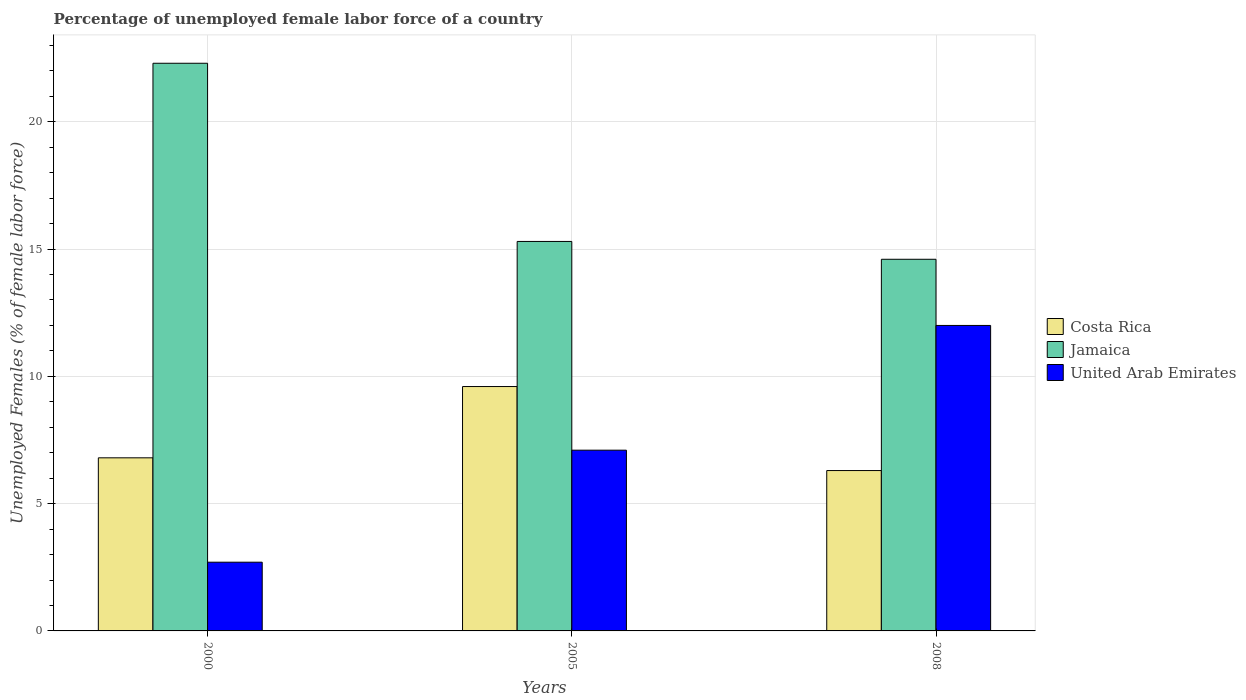
| Years | Costa Rica | Jamaica | United Arab Emirates |
 | --- | --- | --- | --- |
 | 2000 | 6.8 | 22.3 | 2.7 |
 | 2005 | 9.6 | 15.3 | 7.1 |
 | 2008 | 6.3 | 14.6 | 12 |